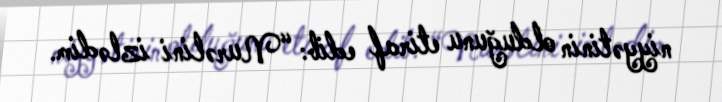
niyyətinin olduğunu etiraf edib: “Nurəlini izlədim.